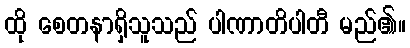
ထို စေတနာရှိသူသည် ပါဏာတိပါတီ မည်၏။